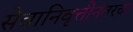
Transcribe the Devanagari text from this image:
सेवानिवृत्तीनंतरचा